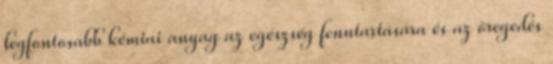
legfontosabb kémiai anyag az egészség fenntartására és az öregedés